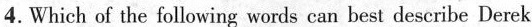
4.Which of the following words can hest deseribe Derek